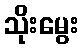
သိုးမွေး